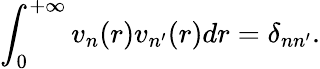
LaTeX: \int_{0}^{+\infty}v_{n}(r)v_{n^{\prime}}(r)dr=\delta_{nn^{\prime}}.